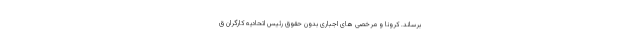
برساند. کرونا و مرخصی های اجباری بدون حقوق رئیس اتحادیه کارگران ق